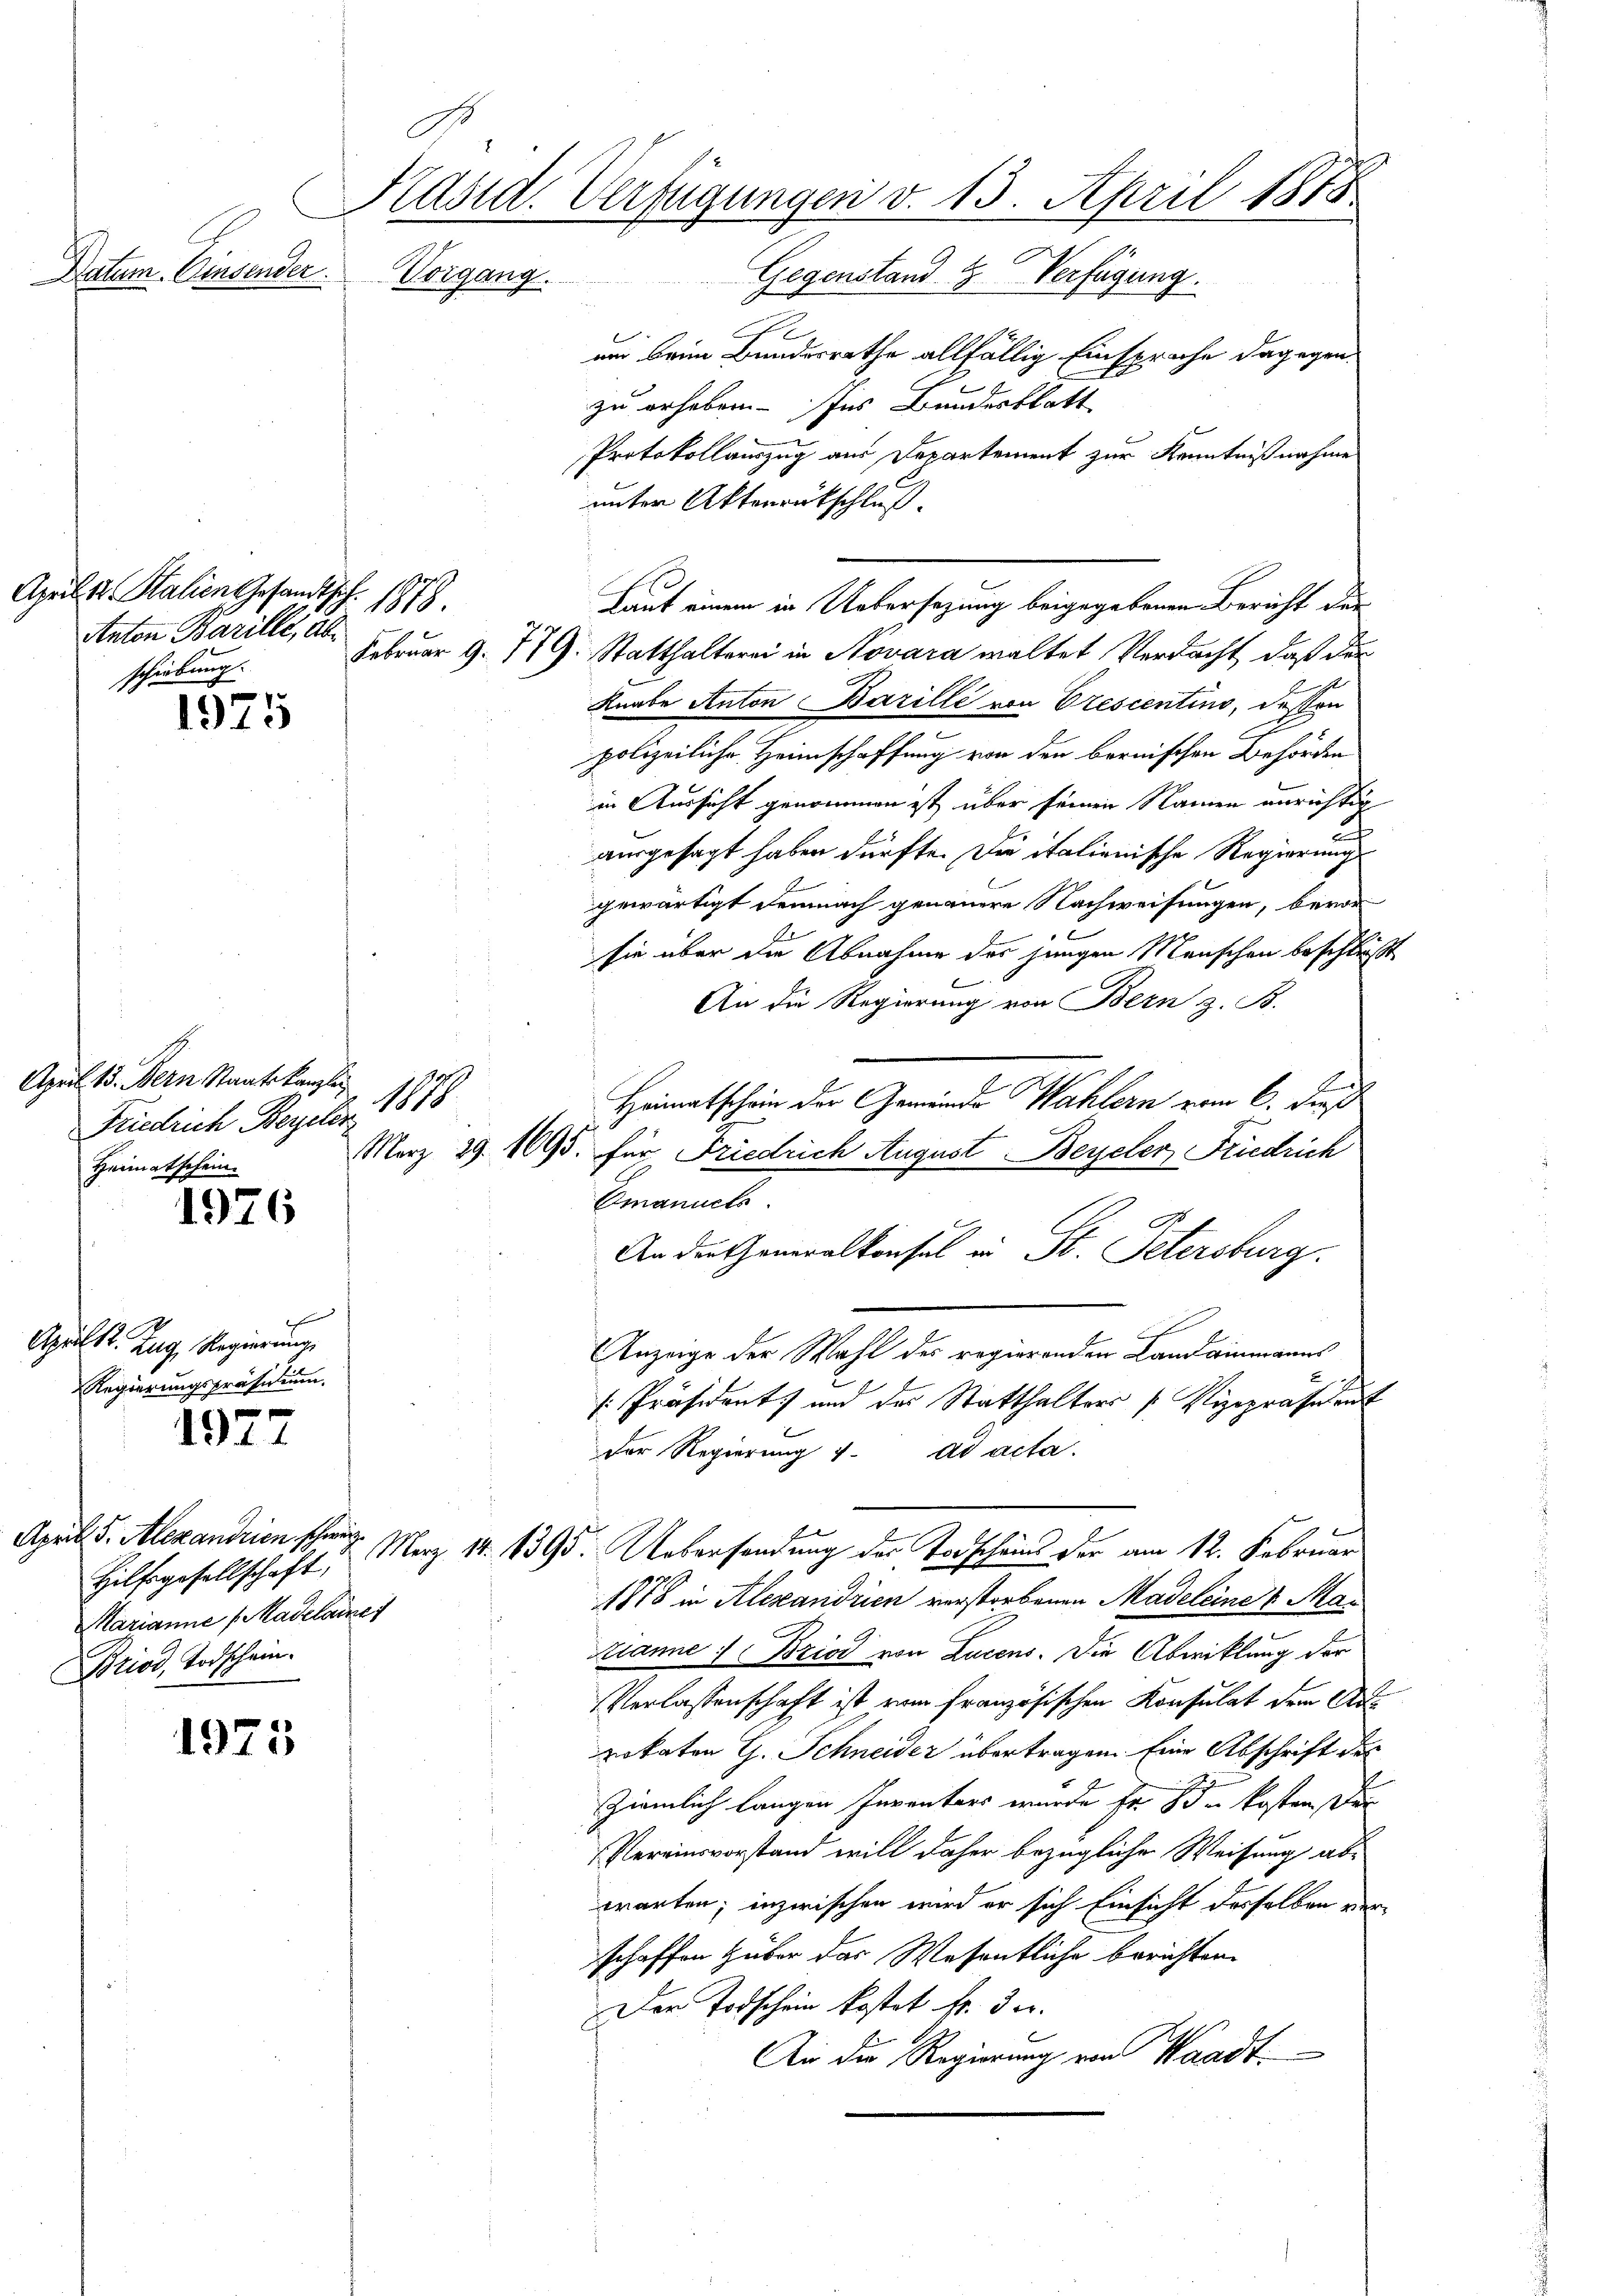
April 12. Stalien Gesandtsch. 1879.
Anton Barille, abschiebung

1975

April 185. Bern Staatskanzler
1199
Friedrich Beyeler,
Heimatschein.

1976

e
1
Aprilst. Zug, Regierung
Regierungspräsidium.

Datum. Einsender

1977

1975

.
Präsid. Verfügungen v. 15. April 1878
Vorgang.
Gegenstand & Verfügung.

Hilfsgesellschaft,
Marianne (Madelaine
Briod, Todschein.

um beim Bundesrathe allfällig Einsprache dagegen
zu erheben. Ins Bundesblatt
Protokollauszug aus Departement zur Kenntnißnahme
unter Aktenrückschluß.
Februar 9. 779. Statthalterei in Novara waltet Verdacht, daß der
Knabe Anton Barilli von Orescentino, dessen
.
polizeiliche Heimschaffung von den bernischen Behörden
in Aussicht genommen ist über seinen Namen unrichtig
ausgesagt haben dürfte. Die italienische Regierung
gewärtigt demnach genauere Nachweisungen, bevor
sie über die Abnahme der jungen Menschen beschlußt
An die Regierung von Bern z. B.
a
Heimatschein der Gemeinde Wahlern vom 6. dieß
März 29. 1695. für Friedrich August Beyeler Friedrich
Emanuels
An die Generalkonsul in St. Petersburg
Anzeige der Wahl des regierenden Landammanns
u
Präsident und der Statthalters Vizepräsident
Der Regierung 4. ad acta.
April 5. Alexandrien schon Merz 14. 1395. Uebersendung des Todscheins der am 12. Februar
1878 in Alexandrien verstorbenen Madeleine & Ma¬
Kanne : Bziod von Lucens. Die Abwicklung der
Verlassenschaft ist vom französischen Konsulat dem Aurokaten G. Schneider übertragen. Eine Abschrift des
ziemlich langen Inventars wurde Fr. 83. kosten der
Vereinsvorstand will daher bezügliche Weisung abwarten; inzwischen wird er sich Einsicht desselben verschaffen Huber das Wesentliche berichten.
Der Todschein kostet fr. 3 er
An die Regierung von Waadt

Laut einem in Uebersezung beigegebenen Bericht der